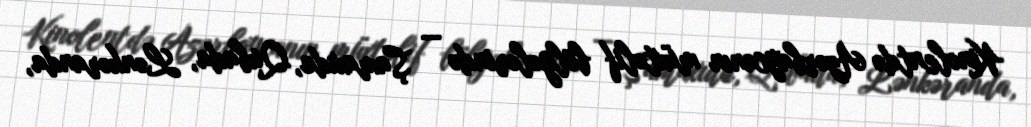
Kinolentdə Azərbaycanın müxtəlif bölgələrində — Şamaxıda, Qubada, Lənkəranda,